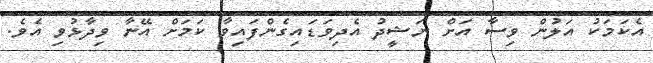
އެކަމަކު އަލުން ވިސާ އަށް ނަޝީދު އެދިވަޑައިގެންފައިވާ ކަމަށް އޭނާ ވިދާޅުވި އެވެ.